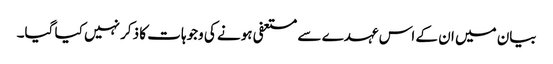
بیان میں ان کے اس عہدے سے مستعفی ہونے کی وجوہات کا ذکر نہیں کیا گیا۔